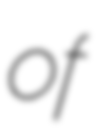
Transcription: of